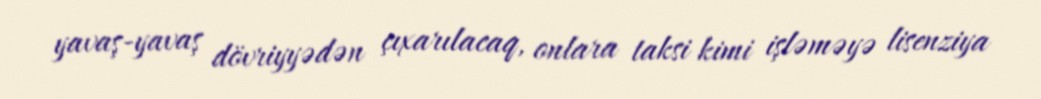
yavaş-yavaş dövriyyədən çıxarılacaq, onlara taksi kimi işləməyə lisenziya